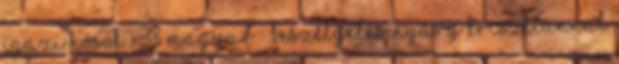
Igazi hősök – 33 magyar – beszélgetés Nyáry Krisztiánnal